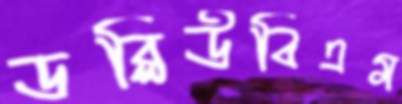
ডব্লিউবিএম